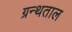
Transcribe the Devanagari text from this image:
ग्रन्थताल